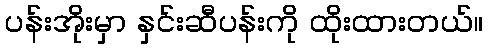
ပန်းအိုးမှာ နှင်းဆီပန်းကို ထိုးထားတယ်။